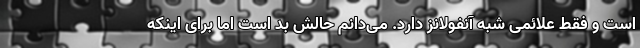
است و فقط علائمی شبه آنفولانز دارد. می‌دانم حالش بد است اما برای اینکه